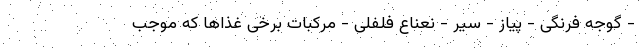
- گوجه فرنگی - پیاز - سیر - نعناع فلفلی - مرکبات برخی غذاها که موجب